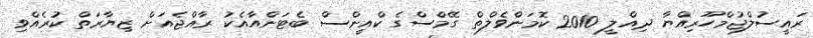
ރައީސުލްޖުމްހޫރިއްޔާ ދިއްލީ 2010 ކޮމަންވެލްތް ގޭމްސްގެ ކްއީންސް ބެޓަންއާއެކު ރާއްޖެއަށް ޒިޔާރަތް ކުރެއްވި